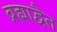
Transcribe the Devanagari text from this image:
ब्रह्माद्वैत